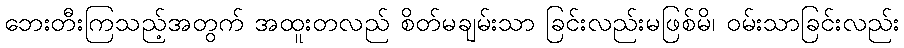
ဘေးတီးကြသည့်အတွက် အထူးတလည် စိတ်မချမ်းသာ ခြင်းလည်းမဖြစ်မိ၊ ဝမ်းသာခြင်းလည်း